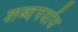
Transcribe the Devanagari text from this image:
शब्दपर्याय